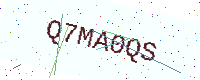
Text: Q7MA0QS